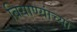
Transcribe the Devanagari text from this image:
बियाण्यांच्या